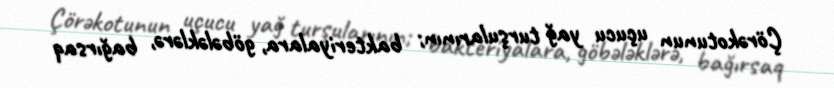
Çörəkotunun uçucu yağ turşularının; bakteriyalara, göbələklərə, bağırsaq